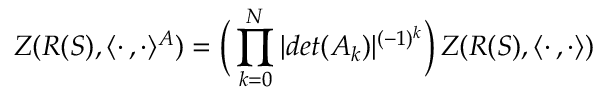
Z ( R ( S ) , \langle \cdot \, , \cdot \rangle ^ { A } ) = \biggl ( \, \prod _ { k = 0 } ^ { N } | d e t ( A _ { k } ) | ^ { ( - 1 ) ^ { k } } \biggr ) \, Z ( R ( S ) , \langle \cdot \, , \cdot \rangle )